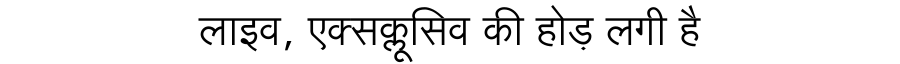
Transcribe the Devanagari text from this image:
लाइव, एक्सक्लूसिव की होड़ लगी है